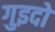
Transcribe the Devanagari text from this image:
गुइदो